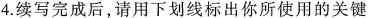
4.续写完成后,请用下划线标出你所使用的关键